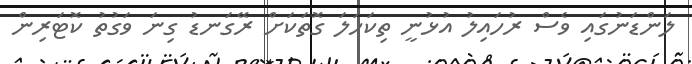
ލަންޑަނުގައި ވެސް ރުހައިލު އުޅުނީ ތިކަހަލަ ގޮތަކަށް ރޭގަނޑު ގިނަ ވަގުތު ކޮޓަރިން